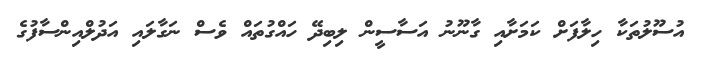
އުސޫލުތަކާ ހިލާފަށް ކަމަށާއި ގާނޫނު އަސާސީން ލިބިދޭ ހައްގުތައް ވެސް ނަގާލައި އަދުލްއިންސާފުގެ